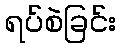
ရပ်စဲခြင်း